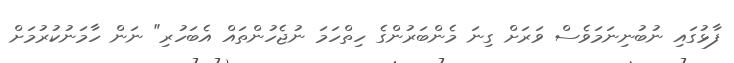
ފާޅުގައި ނުބުނިނަމަވެސް ވަރަށް ގިނަ މެންބަރުންގެ ހިތްހަމަ ނުޖެހުންތައް އެބަހުރި" ނަން ހާމަނުކުރުމަށް